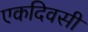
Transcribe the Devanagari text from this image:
एकदिवसी